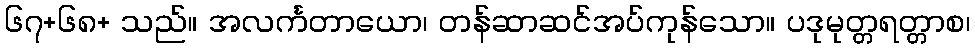
၆၇+၆၈+ သည်။ အလင်္ကတာယော၊ တန်ဆာဆင်အပ်ကုန်သော။ ပဒုမုတ္တရတ္တာစ၊